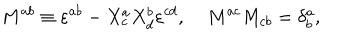
LaTeX: M ^ { a b } \equiv \varepsilon ^ { a b } - X _ { c } ^ { a } X _ { d } ^ { b } \varepsilon ^ { c d } , \; M ^ { a c } M _ { c b } = \delta _ { b } ^ { a } ,